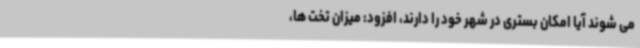
می شوند آیا امکان بستری در شهر خود را دارند، افزود: میزان تخت ها،